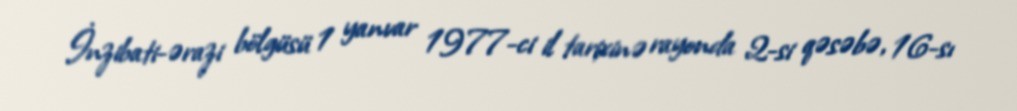
İnzibati-ərazi bölgüsü 1 yanvar 1977-ci il tarixinə rayonda 2-si qəsəbə, 16-sı